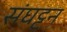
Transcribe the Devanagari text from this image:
संघट्टन